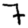
Digit: 7